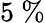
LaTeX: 5\ \%